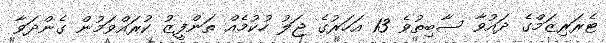
ޓެރަރިޒަމްގެ ދައުވާ ސާބިތުވެ 13 އަހަރުގެ ޖަލު ހުކުމެއް ތަންފީޒު ކުރައްވަމުން ގެންދަވާ